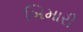
બિમારી